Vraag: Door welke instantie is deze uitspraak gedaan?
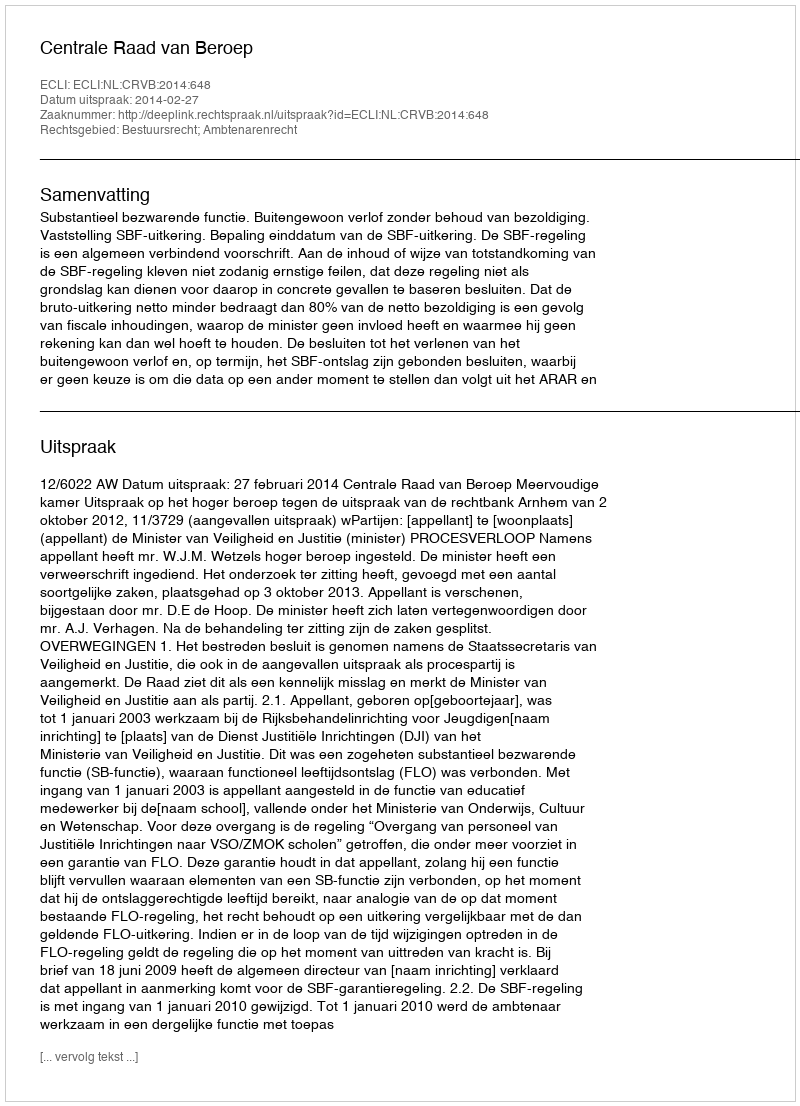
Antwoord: Centrale Raad van Beroep